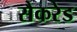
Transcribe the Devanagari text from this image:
सैकरेड